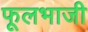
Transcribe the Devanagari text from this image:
फूलभाजी